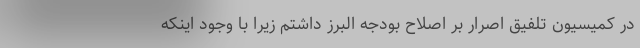
در کمیسیون تلفیق اصرار بر اصلاح بودجه البرز داشتم زیرا با وجود اینکه